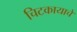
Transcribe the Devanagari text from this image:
चिटकायाचे